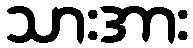
သားအား